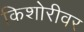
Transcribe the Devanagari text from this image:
किशोरीवर